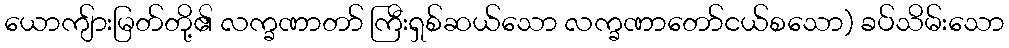
ယောကျ်ားမြတ်တို့၏ လက္ခဏာတာ် ကြီးရှစ်ဆယ်သော လက္ခဏာတော်ငယ်စသော) ခပ်သိမ်းသော